Leaving Certificate Examination (including Day School Certificate (Higher) General paper), 1939
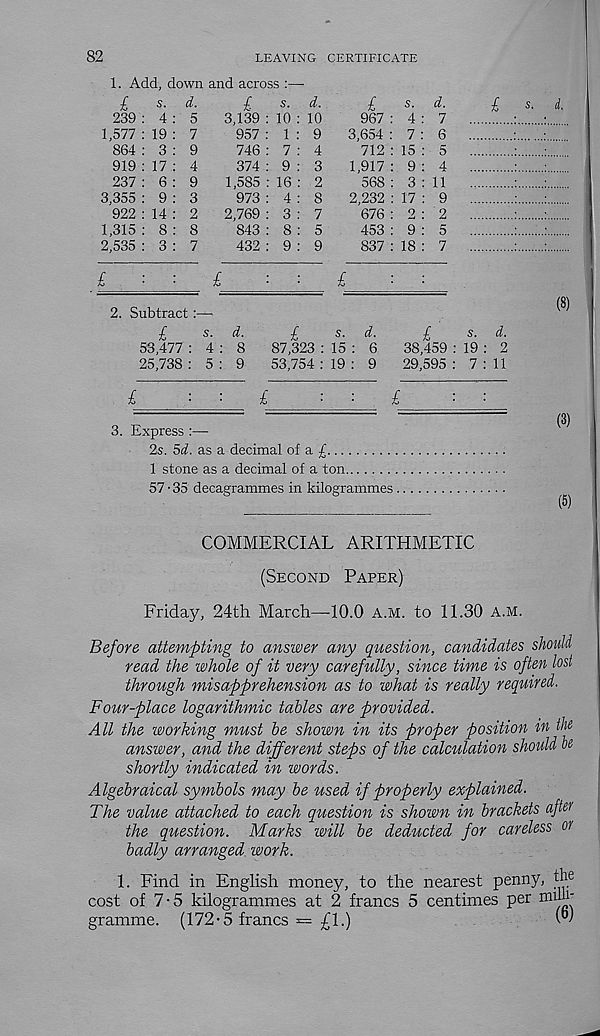
82
LEAVING CERTIFICATE
1. Add, down and across
£
239
1,577
864
919
237
3,355
922
1,315
2,535
s. d.
4
19
3
17
6
9
14
8
3
5
7
9
4
9
3
2
8
7
£
3,139
957
746
374
1,585
973
2,769
843
432
£
2. Subtract:—
£
s. d.
53,477 : 4 : 8
25,738 : 5 : 9
s. d.
10 : 10
1 : 9
7 : 4
9 : 3
16 : 2
4 : 8
3 : 7
8 : 5
9 : 9
£
s - d.
967 : 4 : 7
3,654 : 7 : 6
712 : 15 : 5
1,917 : 9 : 4
568 : 3 : 11
2,232 : 17 : 9
676 : 2 : 2
453 : 9 : 5
837 : 18 : 7
£
£
s - d.
87,323 : 15 : 6
53,754 : 19 : 9
£
£
3. Express :—•
2s. 5d. as a decimal of a £
1 stone as a decimal of a ton
57 • 35 decagrammes in kilogrammes .
s. d.
(8)
£
s - d.
38,459 : 19 : 2
29,595 : 7 : 11
(3)
COMMERCIAL ARITHMETIC
(Second Paper)
Friday, 24th March—10.0 a.m. to 11.30 a.m.
Before attempting to answer any question, candidates should
read the whole of it very carefully, since time is often lost
through misapprehension as to what is really required.
Four-place logarithmic tables are provided.
All the working must be shown in its proper position in the
answer, and the different steps of the calculation should be
shortly indicated in words.
Algebraical symbols may be used if properly explained.
The value attached to each question is shown in brackets after
the question. Marks will be deducted for careless or
badly arranged work.
1. Find in English money, to the nearest penny, th e
cost of 7-5 kilogrammes at 2 francs 5 centimes per miU 1 '
gramme. (172-5 francs *= £1.)
W